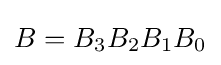
B=B_{3}B_{2}B_{1}B_{0}